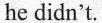
he didn't. A. tried .